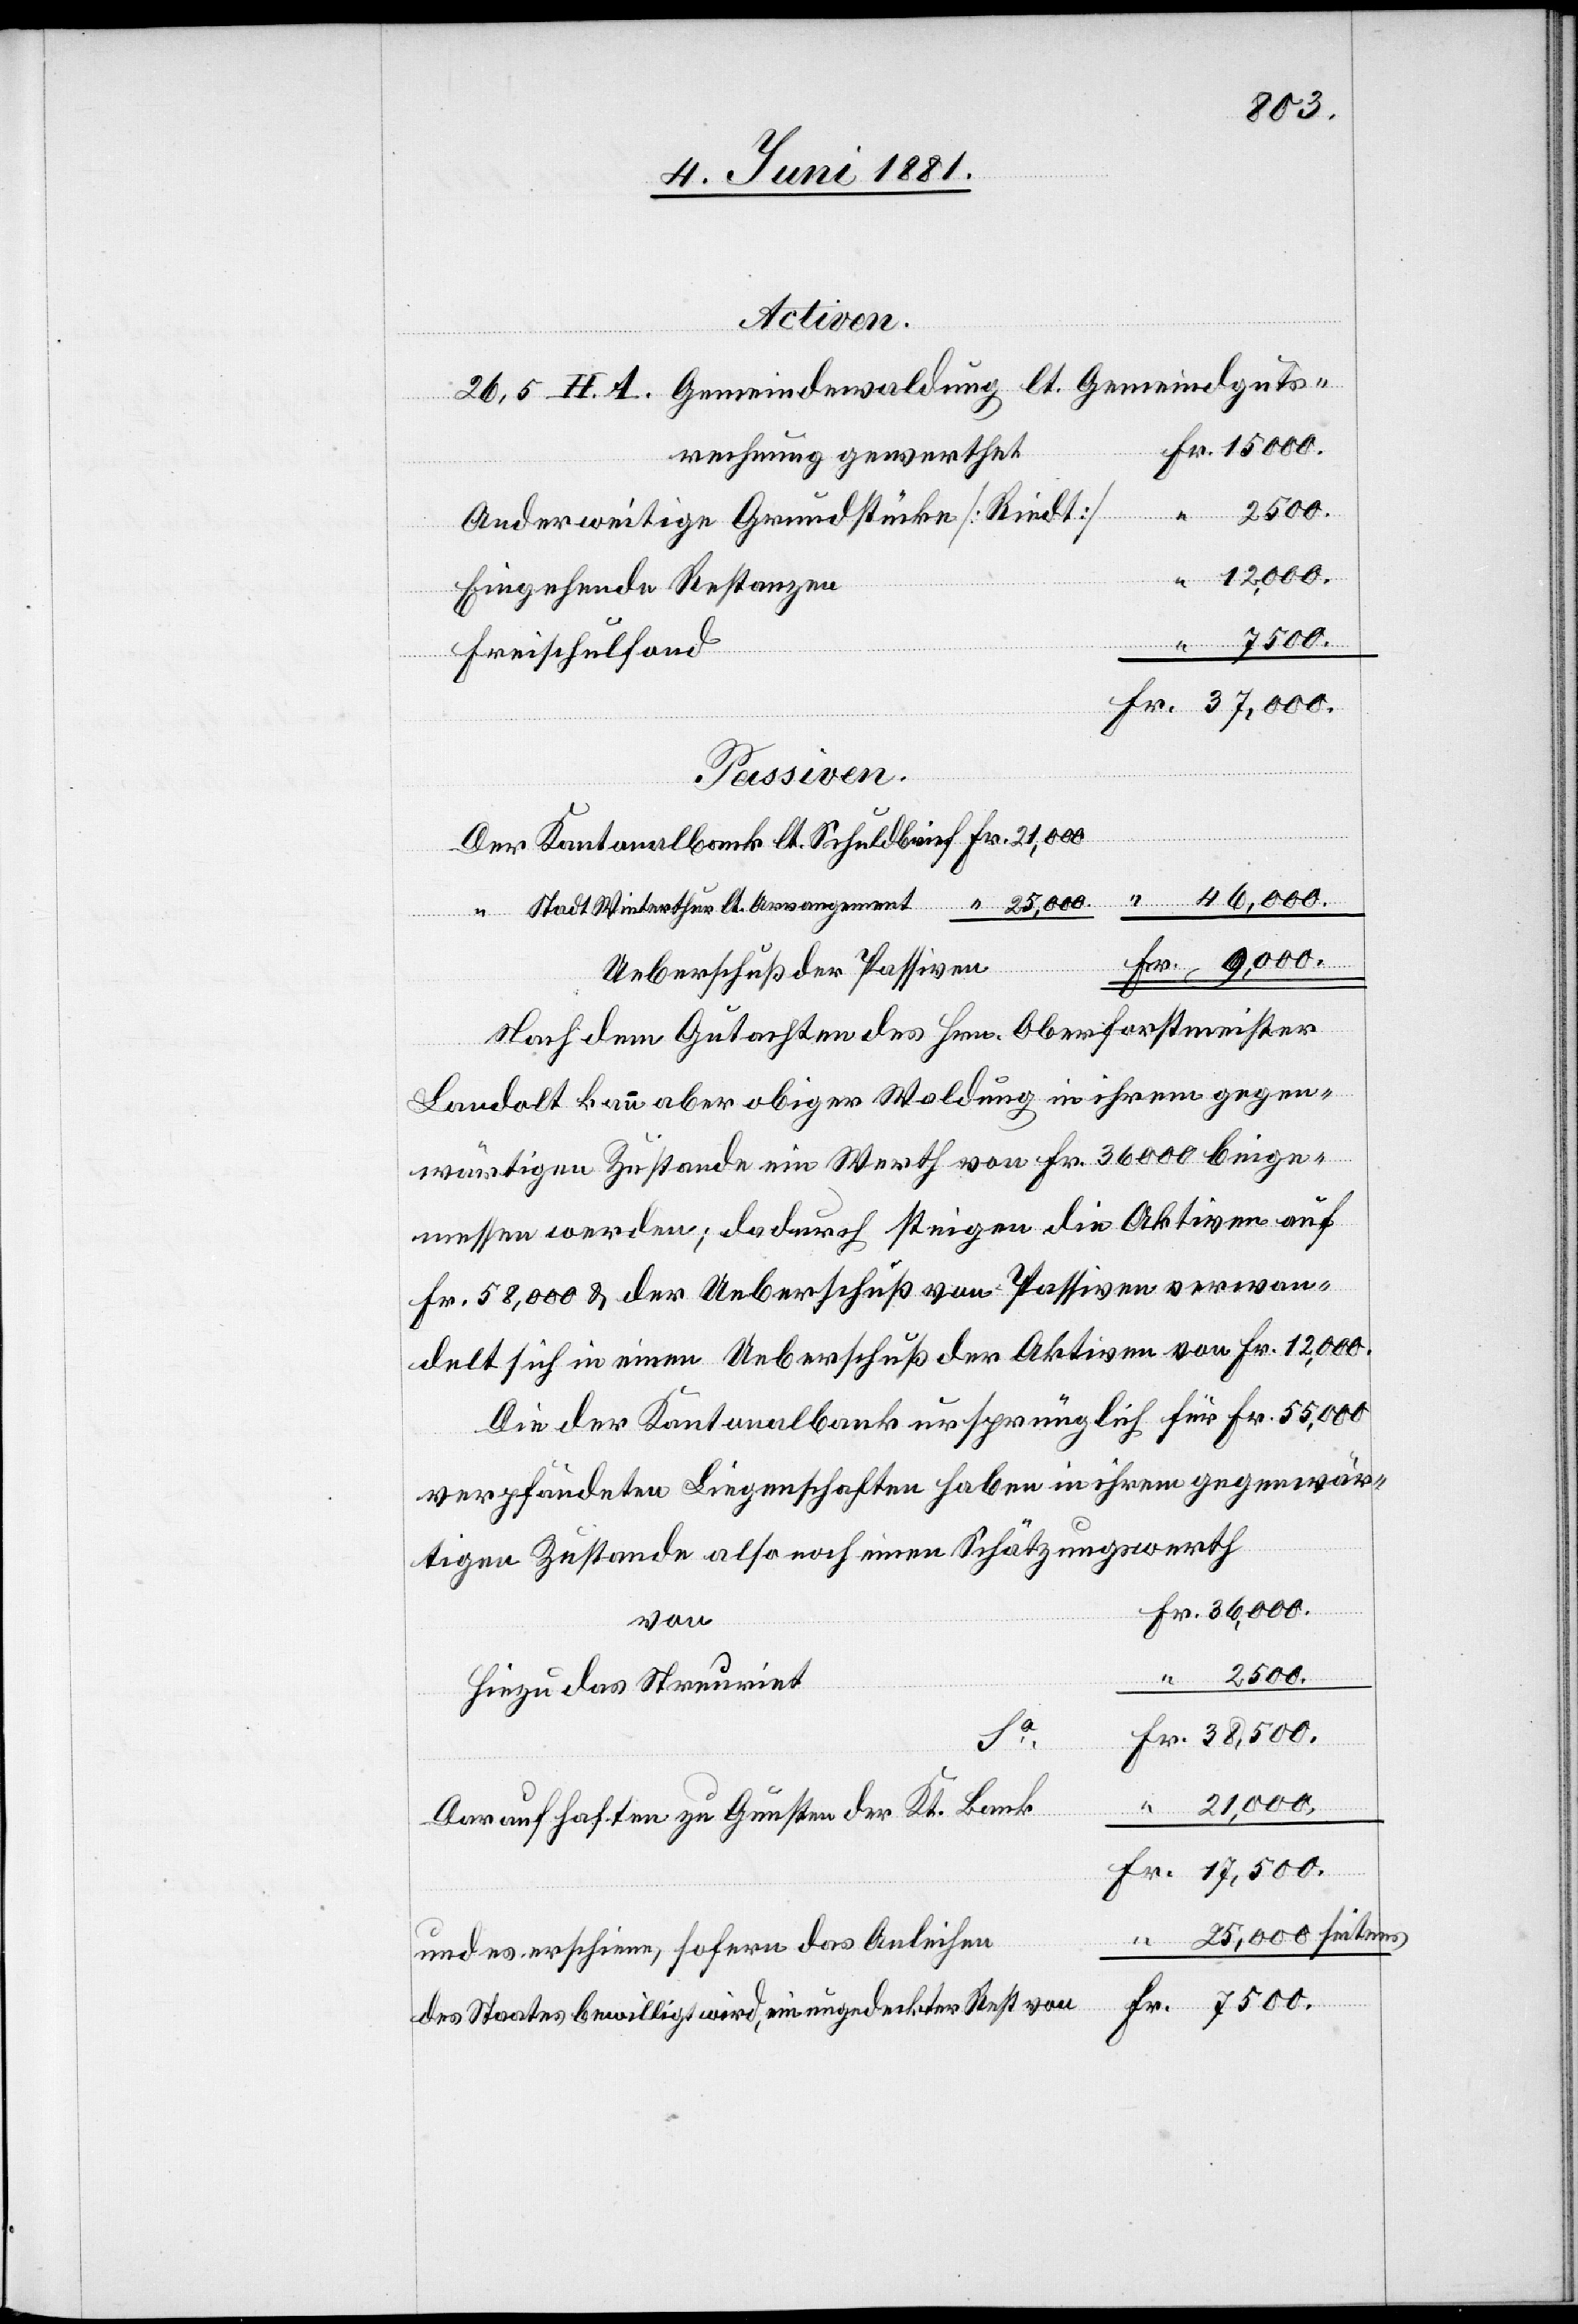
Activen.
26,5 H. A. Gemeindewaldung lt. Gemeindeguts¬
rechnung gewerthet
Anderweitige Grundstücke [Riedt]
Eingehende Restanzen
Der
Freischulfond
Passiven.
Ueberschuß der Passiven
Nach dem Gutachten des Hrn. Oberforstmeister
Landolt kann aber obiger Waldung in ihrem gegen¬
wärtigen Zustande ein Werth von Fr. 36,000 beige¬
messen werden; dadurch steigen die Aktiven auf
Fr. 58,000 & der Ueberschuß von Passiven verwan¬
delt sich in einen Ueberschuß der Aktiven von Fr. 12,000.
Die der Kantonalbank ursprünglich für Fr. 55,000
verpfändeten Liegenschaften haben in ihrem gegenwär¬
tigen Zustande also noch einen Schätzungswerth
seitens
7500.
“
Hiezu das Streuriet
Fr. 21,000
Fr.
Darauf haften zu Gunsten der Kt. Bank
und es erscheinen, sofern das Anleihen
des Staates bewilligt, ein ungedeckter Rest von